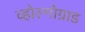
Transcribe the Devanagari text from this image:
व्होल्गोग्राड